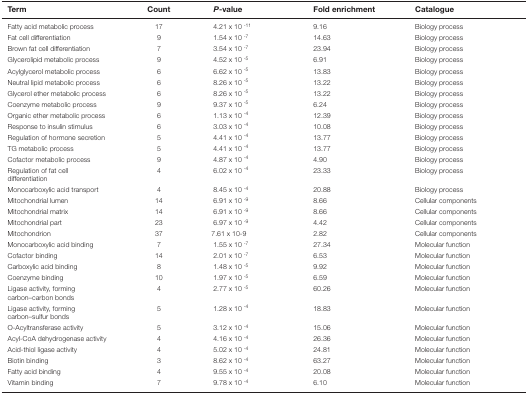
<table><thead><tr><td><b>Term</b></td><td><b>Count</b></td><td><b><i>P</i>-value</b></td><td><b>Fold enrichment</b></td><td><b>Catalogue</b></td></tr></thead><tbody><tr><td>Fatty acid metabolic process</td><td>17</td><td>4.21 x 10 <sup>-11</sup></td><td>9.16</td><td>Biology process</td></tr><tr><td>Fat cell differentiation</td><td>9</td><td>1.54 x 10 <sup>-7</sup></td><td>14.63</td><td>Biology process</td></tr><tr><td>Brown fat cell differentiation</td><td>7</td><td>3.54 x 10 <sup>-7</sup></td><td>23.94</td><td>Biology process</td></tr><tr><td>Glycerolipid metabolic process</td><td>9</td><td>4.52 x 10 <sup>-5</sup></td><td>6.91</td><td>Biology process</td></tr><tr><td>Acylglycerol metabolic process</td><td>6</td><td>6.62 x 10 <sup>-5</sup></td><td>13.83</td><td>Biology process</td></tr><tr><td>Neutral lipid metabolic process</td><td>6</td><td>8.26 x 10 <sup>-5</sup></td><td>13.22</td><td>Biology process</td></tr><tr><td>Glycerol ether metabolic process</td><td>6</td><td>8.26 x 10 <sup>-5</sup></td><td>13.22</td><td>Biology process</td></tr><tr><td>Coenzyme metabolic process</td><td>9</td><td>9.37 x 10 <sup>-5</sup></td><td>6.24</td><td>Biology process</td></tr><tr><td>Organic ether metabolic process</td><td>6</td><td>1.13 x 10 <sup>-4</sup></td><td>12.39</td><td>Biology process</td></tr><tr><td>Response to insulin stimulus</td><td>6</td><td>3.03 x 10 <sup>-4</sup></td><td>10.08</td><td>Biology process</td></tr><tr><td>Regulation of hormone secretion</td><td>5</td><td>4.41 x 10 <sup>-4</sup></td><td>13.77</td><td>Biology process</td></tr><tr><td>TG metabolic process</td><td>5</td><td>4.41 x 10 <sup>-4</sup></td><td>13.77</td><td>Biology process</td></tr><tr><td>Cofactor metabolic process</td><td>9</td><td>4.87 x 10 <sup>-4</sup></td><td>4.90</td><td>Biology process</td></tr><tr><td>Regulation of fat cell differentiation</td><td>4</td><td>6.02 x 10 <sup>-4</sup></td><td>23.33</td><td>Biology process</td></tr><tr><td>Monocarboxylic acid transport</td><td>4</td><td>8.45 x 10 <sup>-4</sup></td><td>20.88</td><td>Biology process</td></tr><tr><td>Mitochondrial lumen</td><td>14</td><td>6.91 x 10 <sup>-9</sup></td><td>8.66</td><td>Cellular components</td></tr><tr><td>Mitochondrial matrix</td><td>14</td><td>6.91 x 10 <sup>-9</sup></td><td>8.66</td><td>Cellular components</td></tr><tr><td>Mitochondrial part</td><td>23</td><td>6.97 x 10 <sup>-9</sup></td><td>4.42</td><td>Cellular components</td></tr><tr><td>Mitochondrion</td><td>37</td><td>7.61 x 10-9</td><td>2.82</td><td>Cellular components</td></tr><tr><td>Monocarboxylic acid binding</td><td>7</td><td>1.55 x 10 <sup>-7</sup></td><td>27.34</td><td>Molecular function</td></tr><tr><td>Cofactor binding</td><td>14</td><td>2.01 x 10 <sup>-7</sup></td><td>6.53</td><td>Molecular function</td></tr><tr><td>Carboxylic acid binding</td><td>8</td><td>1.48 x 10 <sup>-5</sup></td><td>9.92</td><td>Molecular function</td></tr><tr><td>Coenzyme binding</td><td>10</td><td>1.97 x 10 <sup>-5</sup></td><td>6.59</td><td>Molecular function</td></tr><tr><td>Ligase activity, forming carbon–carbon bonds</td><td>4</td><td>2.77 x 10 <sup>-5</sup></td><td>60.26</td><td>Molecular function</td></tr><tr><td>Ligase activity, forming carbon–sulfur bonds</td><td>5</td><td>1.28 x 10 <sup>-4</sup></td><td>18.83</td><td>Molecular function</td></tr><tr><td>O-Acyltransferase activity</td><td>5</td><td>3.12 x 10 <sup>-4</sup></td><td>15.06</td><td>Molecular function</td></tr><tr><td>Acyl-CoA dehydrogenase activity</td><td>4</td><td>4.16 x 10 <sup>-4</sup></td><td>26.36</td><td>Molecular function</td></tr><tr><td>Acid-thiol ligase activity</td><td>4</td><td>5.02 x 10 <sup>-4</sup></td><td>24.81</td><td>Molecular function</td></tr><tr><td>Biotin binding</td><td>3</td><td>8.62 x 10 <sup>-4</sup></td><td>63.27</td><td>Molecular function</td></tr><tr><td>Fatty acid binding</td><td>4</td><td>9.55 x 10 <sup>-4</sup></td><td>20.08</td><td>Molecular function</td></tr><tr><td>Vitamin binding</td><td>7</td><td>9.78 x 10 <sup>-4</sup></td><td>6.10</td><td>Molecular function</td></tr></tbody></table>